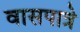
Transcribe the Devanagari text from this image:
वासपात्रे